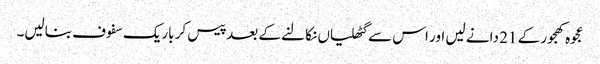
عجوہ کھجور کے 21 دانے لیں اور اس سے گٹھلیاں نکالنے کے بعد پیس کر باریک سفوف بنالیں۔